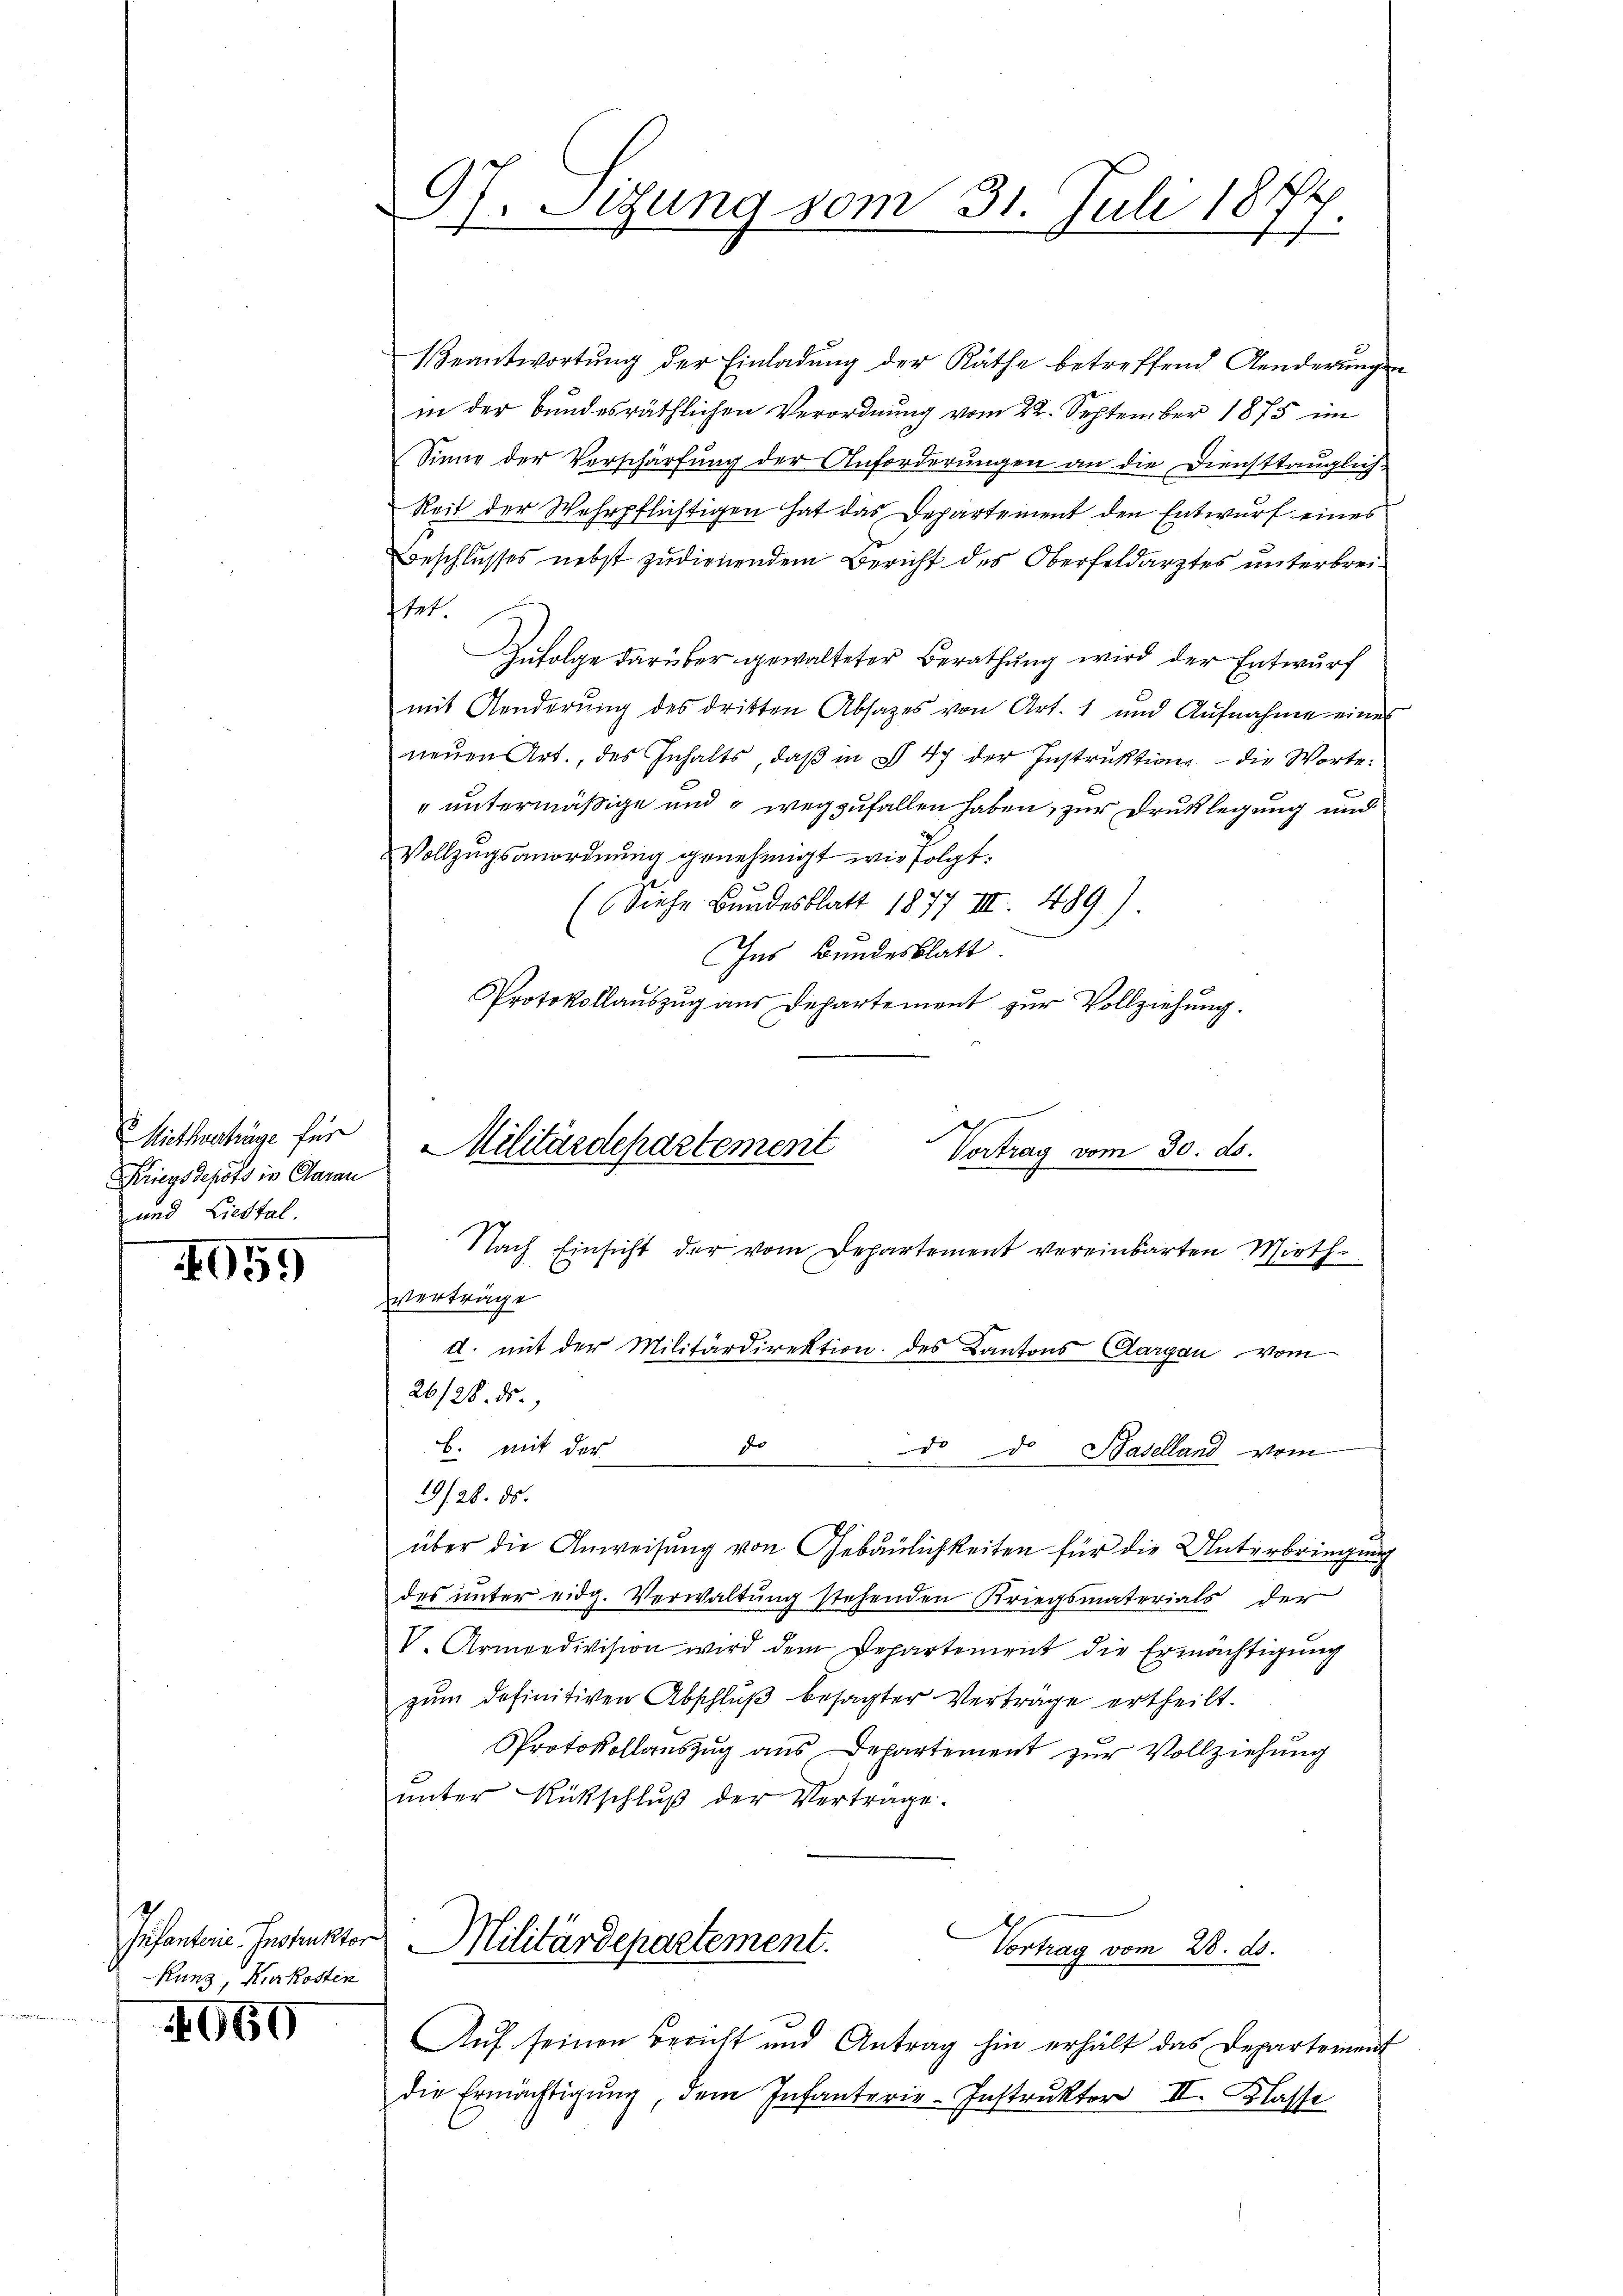
Mitherträge für
Kriegs depots in Clarau
und Liestal.

059

Kunz, Kurkosten

069

Gf. Sitzung vom 31. Juli 18
.

Beantwortŭng der Einladŭng der Räthe betreffend Aenderŭnge
in der bundesräthlichen Verordnung vom 22. September 1875 im
Sinne der Verschärfung der Anforderungen an die Diensttauglich-
Reit der Wehrpflichtigen hat das Departement den Entwurf eines
Beschlusses nebst zudienendem Bericht des Oberfeldarztes unterbreiftet
Zufolge darüber gewalteter Berathung wird der Entwurf
mit Aenderŭng des dritten Absatzes von Art. 1 und Aŭfnahme einer
neŭen Art., des Inhalts, daβ in § 47 der Instruktion die Worte:
" untermäßige und wegzufallen haben, zur Drucklegung und
Vollzugsanordnung genehmigt wie folgt.
1
(Siehe Bundesblatt 1877 III 489)
Ins Bundesblatt
Protokollauszug aus Departement zur Vollziehung.
Vortrag vom 30. ds.
Nach Einsicht der vom Departement vereinbarten Mieth¬
Verträge
d. mit der Militärdirektion des Kantons Aargau vom
26/28. ds.
d
b. mit der
d. d. Haselland vom
19 f. 28. ds.
über die Anweisung von Gebäulichkeiten für die Unterbringung
des unter eidg. Verwaltŭng stehenden Kriegsmaterials der
V. Armeedivision wird dem Departement die Ermächtigung
zŭm definitiven Abschlŭβ besagter Verträge ertheilt.
Protokollauszug aus Departement zur Vollziehung
ŭnter Rückschlŭβ der Vertrage.
Infanterie-Instruktor Militärdepartement.
Vortrag vom 28. ds.
Auf seinen Bericht und Antrag hin erhält das Departement
die Ermächtigŭng dem Infanterie-Instrukter II. Klasse

Militärdepartement